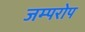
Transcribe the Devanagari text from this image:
जम्परोप